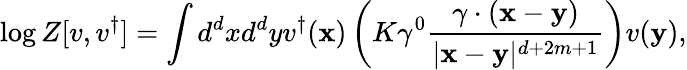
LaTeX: \log Z[{v},{v}^{\dagger}]=\int d^{d}{x}d^{d}{y}{v}^{\dagger}({\mathbf{x}})\left(K\gamma^{0}\frac{\gamma\cdot({\mathbf{x}}-{\mathbf{y}})}{|{\mathbf{x}}-{\mathbf{y}}|^{d+2m+1}}\right){v}({\mathbf{y}}),